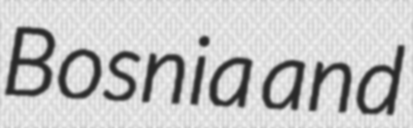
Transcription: Bosnia and